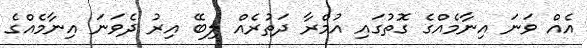
އެއް ވަނަ އިނާމެއްގެ ގޮތުގައި އުމްރާ ދަތުރެއް ލިބޭ އިރު ދެވަނަ އިނާމެއްގެ